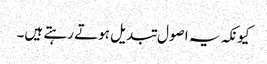
کیونکہ یہ اصول تبدیل ہوتے رہتے ہیں۔